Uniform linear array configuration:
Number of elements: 12
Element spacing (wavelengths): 1
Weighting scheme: kaiser
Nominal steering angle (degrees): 0
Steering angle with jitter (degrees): -0.9691
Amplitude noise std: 0.05
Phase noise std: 0.05

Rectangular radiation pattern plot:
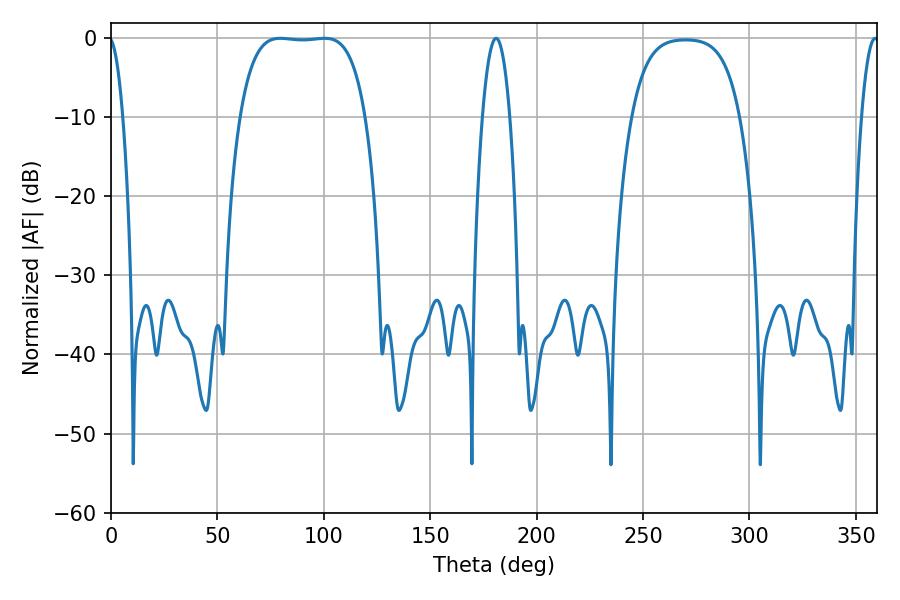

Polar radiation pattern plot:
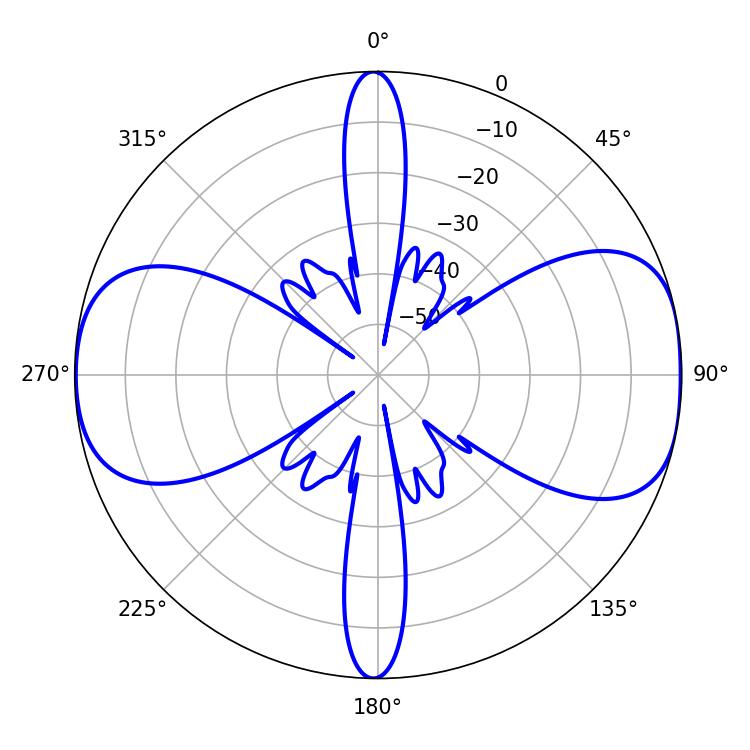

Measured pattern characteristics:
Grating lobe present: TRUE
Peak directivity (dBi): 10.263
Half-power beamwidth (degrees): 46.08
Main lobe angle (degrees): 79.56